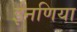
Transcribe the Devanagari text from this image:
ईनणिया